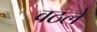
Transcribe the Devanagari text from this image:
वठले